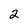
Character: 2